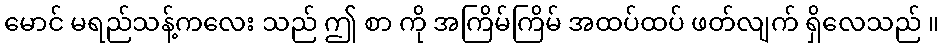
မောင် မရည်သန့်ကလေး သည် ဤ စာ ကို အကြိမ်ကြိမ် အထပ်ထပ် ဖတ်လျက် ရှိလေသည် ။